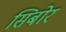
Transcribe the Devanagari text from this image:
सिबोर